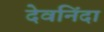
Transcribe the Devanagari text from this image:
देवनिंदा